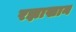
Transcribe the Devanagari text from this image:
रझाखान